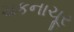
ચકનાચૂર